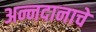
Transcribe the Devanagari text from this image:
अन्नदानाचे